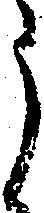
う